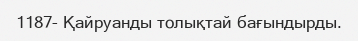
1187- Қайруанды толықтай бағындырды.